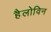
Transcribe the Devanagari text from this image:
हैलोविन